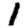
Digit: 1